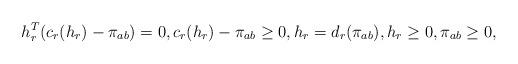
LaTeX: \begin{align*} h_r^T(c_r(h_r)-\pi_{ab})=0, c_r(h_r)-\pi_{ab} \geq 0,h_r=d_r(\pi_{ab}), h_r \geq 0, \pi_{ab} \geq 0,\end{align*}